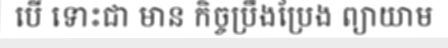
បើ ទោះជា មាន កិច្ចប្រឹងប្រែង ព្យាយាម